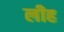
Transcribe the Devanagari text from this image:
लीह